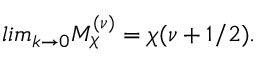
l i m _ { k \rightarrow 0 } M _ { \chi } ^ { ( \nu ) } = \chi ( \nu + 1 / 2 ) .